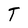
Character: T